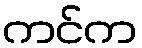
ကင်က